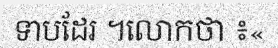
ទាបដែរ ។លោកថា ៖«